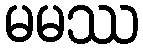
မမဿ